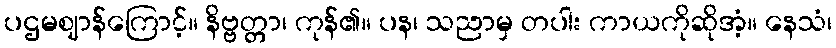
ပဌမဈာန်ကြောင့်။ နိဗ္ဗတ္တာ၊ ကုန်၏။ ပန၊ သညာမှ တပါး ကာယကိုဆိုအံ့။ နေသံ၊